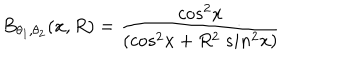
B _ { \theta _ { 1 } , \theta _ { 2 } } ( x , R ) = \frac { c o s ^ { 2 } x } { ( c o s ^ { 2 } x + R ^ { 2 } ~ s i n ^ { 2 } x ) }